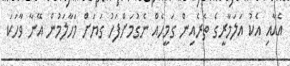
އެއާއި އެކު އަލަމާރީގެ ތެރެއިން ގަމީހެއް ނެގުމަށްފަހު ގަޔަށް މަހާލަމުން އޭނާ ވާހަކަ